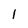
Character: 1